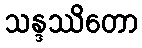
သန္ဒဿိတော